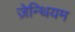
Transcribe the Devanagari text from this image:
ज़ेन्थियम